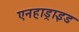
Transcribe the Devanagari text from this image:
एनहाड्राइड